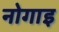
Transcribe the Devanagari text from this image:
नोगाइ